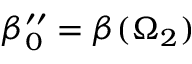
\beta _ { 0 } ^ { \prime \prime } = \beta ( \Omega _ { 2 } )